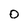
Character: 0